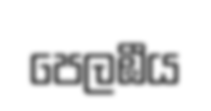
පෙලඹීය